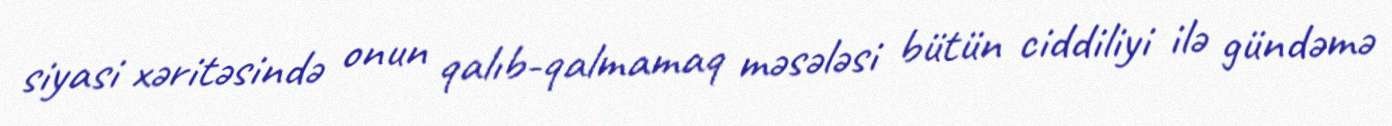
siyasi xəritəsində onun qalıb-qalmamaq məsələsi bütün ciddiliyi ilə gündəmə